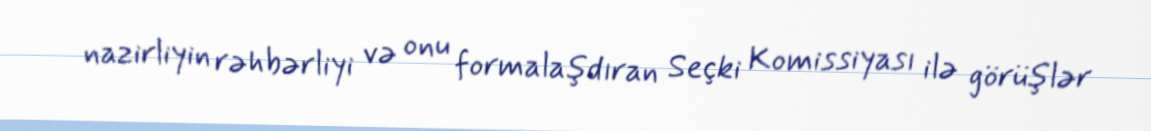
nazirliyin rəhbərliyi və onu formalaşdıran Seçki Komissiyası ilə görüşlər